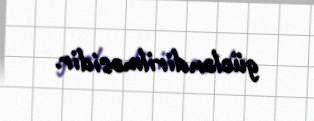
gücləndirilməsidir.